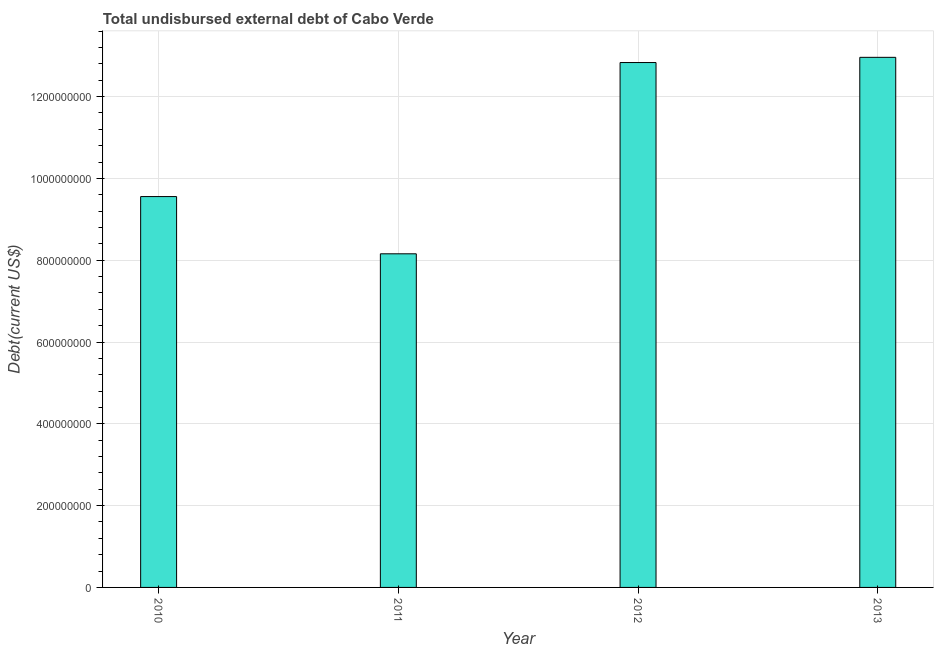
| Year | Total debt |
 | --- | --- |
 | 2010 | 9.56e+08 |
 | 2011 | 8.16e+08 |
 | 2012 | 1.28e+09 |
 | 2013 | 1.3e+09 |